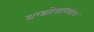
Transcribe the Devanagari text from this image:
वन्द्योपाध्याय